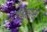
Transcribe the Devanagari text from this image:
सीक्सास